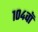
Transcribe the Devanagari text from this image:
१०४वॉ